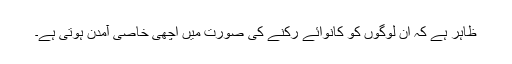
ظاہر ہے کہ ان لوگوں کو کانوائے رکنے کی صورت میں اچھی خاصی آمدن ہوتی ہے۔